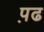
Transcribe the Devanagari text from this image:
प़ढ